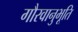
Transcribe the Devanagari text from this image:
गौरवानुभूति